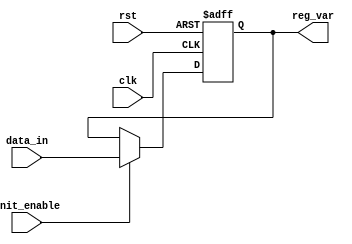
module ConditionalInitialization(
    input wire clk,            // Clock signal
    input wire rst,            // Reset signal
    input wire init_enable,    // Control signal for initialization
    input wire [7:0] data_in,  // Data input for initialization
    output reg [7:0] reg_var   // Initialized register
);

// Initialization logic
always @(posedge clk or posedge rst) begin
    if (rst) begin
        // Reset condition: set the register to default value
        reg_var <= 8'b0;        // Default initialization
    end else if (init_enable) begin
        // Conditional initialization
        reg_var <= data_in;     // Assign data input to register
    end
    // If neither condition is met, retain current value of reg_var
end

endmodule